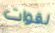
لقوات